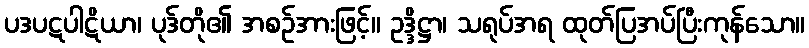
ပဒပဋပါဋိယာ၊ ပုဒ်တို၏ အစဉ်အားဖြင့်။ ဥဒ္ဒိဋ္ဌာ၊ သရုပ်အရ ထုတ်ပြအပ်ပြီးကုန်သော။